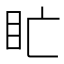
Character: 盳